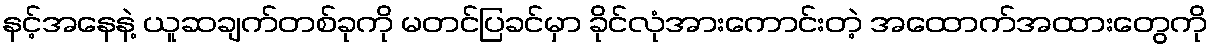
နင့်အနေနဲ့ ယူဆချက်တစ်ခုကို မတင်ပြခင်မှာ ခိုင်လုံအားကောင်းတဲ့ အထောက်အထားတွေကို